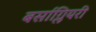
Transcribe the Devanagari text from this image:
बर्साग्लियरी